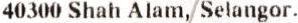
40300 SHAH ALAM, SELANGOR.